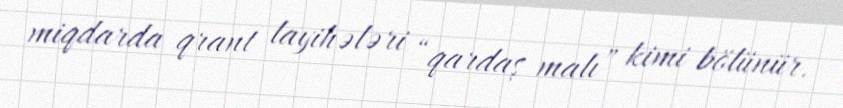
miqdarda qrant layihələri “qardaş malı” kimi bölünür.